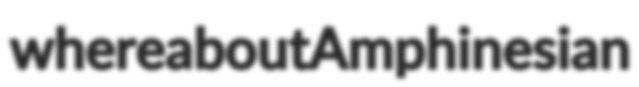
whereabout Amphinesian